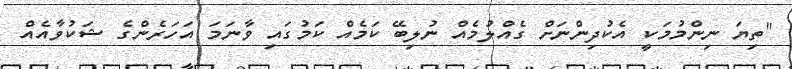
"ތިޔަ ނިންމުމަކީ އެކުދިންނަށް ގެއްލުމެއް ނުލިބޭ ކަމެއް ކަމުގައި ވާނަމަ އަހަރެންގެ ޝަކުވާއެއް